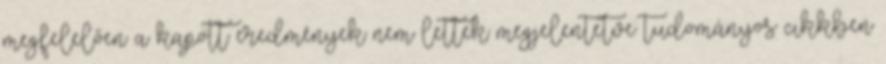
megfelelően a kapott eredmények nem lettek megjelentetve tudományos cikkben